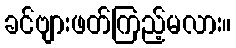
ခင်ဗျားဖတ်ကြည့်မလား။